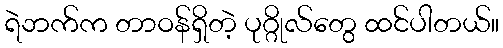
ရဲဘက်က တာဝန်ရှိတဲ့ ပုဂ္ဂိုလ်တွေ ထင်ပါတယ်။